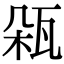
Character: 𤬾